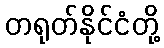
တရုတ်နိုင်ငံတို့